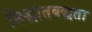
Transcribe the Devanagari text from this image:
सिद्धांतबद्धता